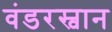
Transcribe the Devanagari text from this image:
वंडरस्वान